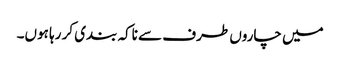
میں چاروں طرف سے ناکہ بندی کر رہا ہوں۔